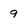
Character: q